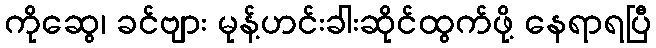
ကိုဆွေ၊ ခင်ဗျား မုန့်ဟင်းခါးဆိုင်ထွက်ဖို့ နေရာရပြီ